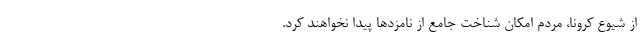
از شیوع کرونا، مردم امکان شناخت جامع از نامزدها پیدا نخواهند کرد.